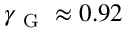
\gamma _ { \mathrm { ~ G ~ } } \approx 0 . 9 2